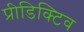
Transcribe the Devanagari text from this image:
प्रीडिक्टिव